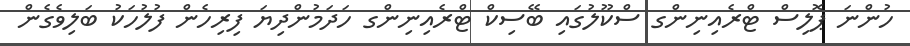
ހުންނަ ޕޮލިސް ޓްރެއިނިންގ ސްކޫލުގައި ބޭސިކް ޓްރެއިނިންގ ހަދަމުންދިޔަ ފިރިހެން ފުލުހަކު ބަލިވެގެން